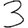
Digit: 3